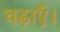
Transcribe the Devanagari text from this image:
चढ़ाएँ।